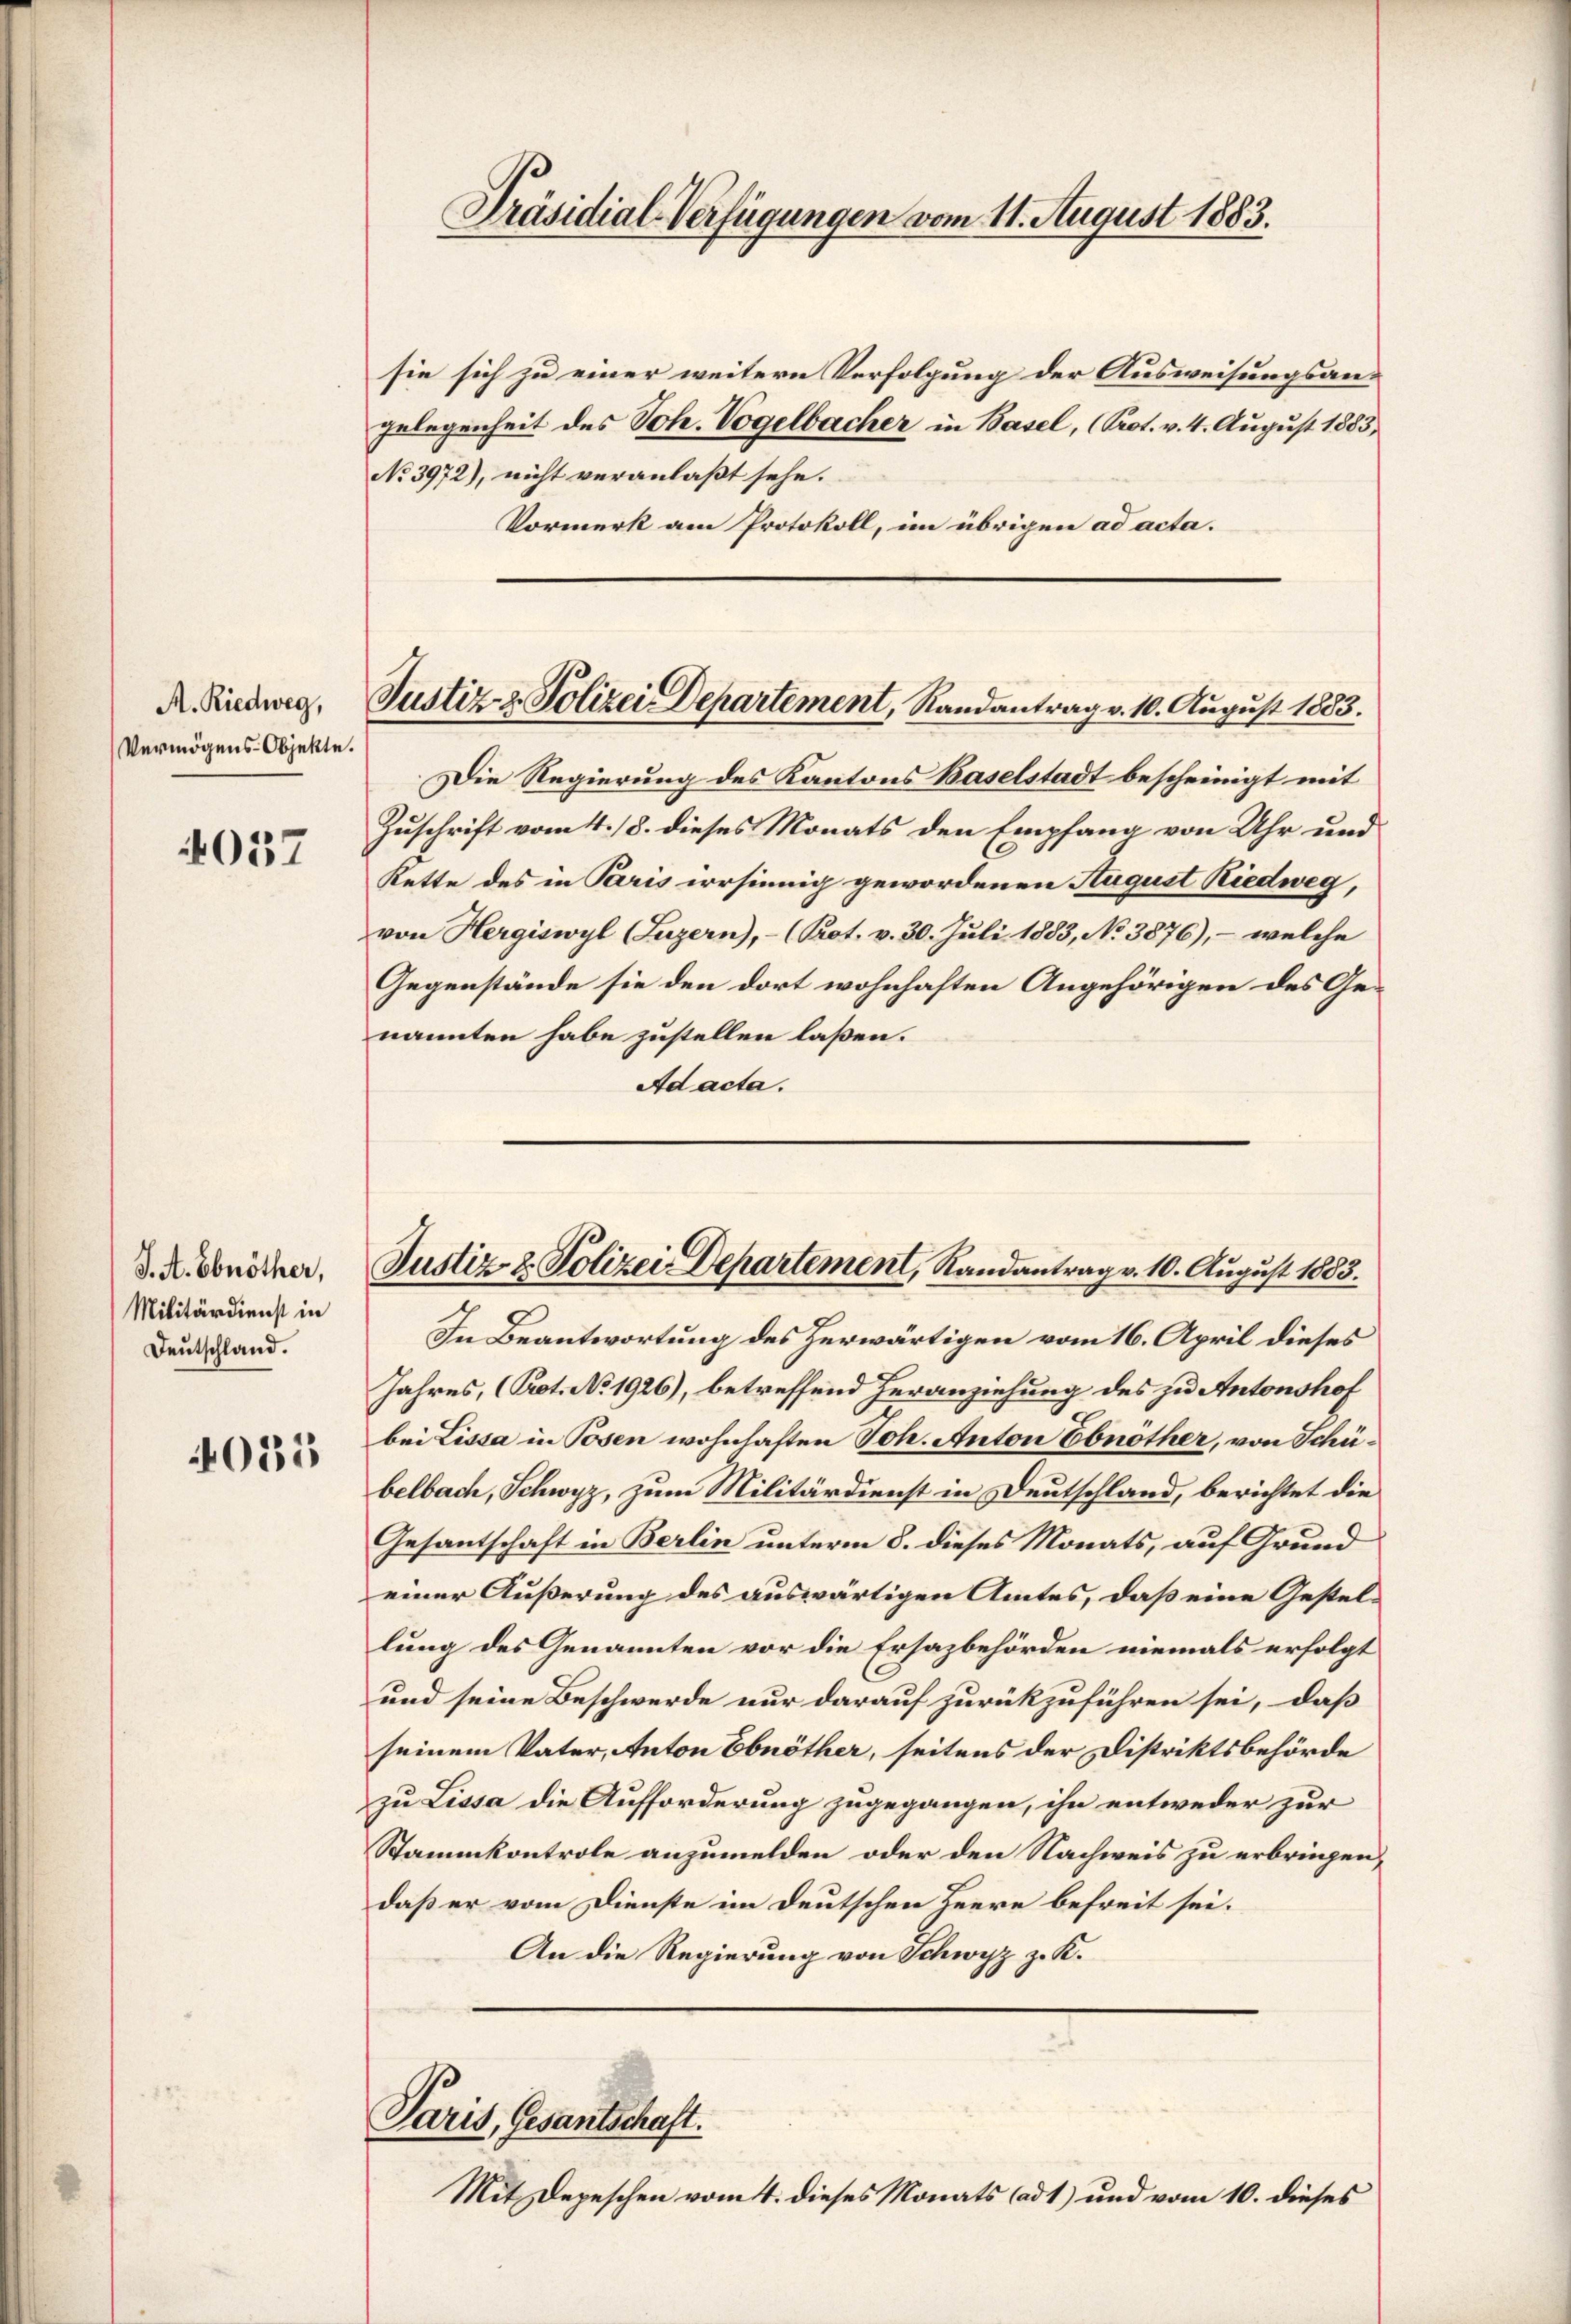
A. Riedweg,
Vermögens-Objekte.

4037

J. A. Ebnöther,
Militärdienst in
Deutschland.

035

Präsidial-Verfügungen vom 11. August 1883.

sie sich zu einer weitern Verfolgung der Ausweisungsangelegenheit des Joh. Vogelbacher in Basel, (Prot. v. 4. August 1883,
No 3972), nicht veranlaßt sehe.
Vormerk am Protokoll, im übrigen ad acta.

Justiz- & Polizei Departement, Randantrag v. 10. August 1883.

In Beantwortung des herwärtigen vom 16. April dieses
Jahres, (Prot. No 1926), betreffend Heranziehung des zu Antonshof
bei Lissa in Posen wohnhaften Joh. Anton Ebnöther, von Schübelbach, Schwyz, zum Militärdienst in Deutschland, berichtet die
Gesantschaft in Berlin unterm 8. dieses Monats, auf Grund
einer Äußerung des auswärtigen Amtes, daß eine Gestellung des Genannten vor die Ersazbehörden niemals erfolgt
und seine Beschwerde nur darauf zurückzuführen sei, daß
seinem Vater, Anton Ebnöther, seitens der Distriktsbehörde
zu Lissa die Aufforderung zugegangen, ihn entweder zur
Stammkontrole anzumelden oder den Nachweis zu erbringen,
daß er vom Dienste im Deutschen Heere befreit sei.
An die Regierung von Schwyz z. K.

Justiz- & Polizei Departement, Randantrag v. 10. August 1883.

Die Regierung des Kantons Baselstadt bescheinigt mit
Zuschrift vom 4. 18. dieses Monats den Empfang von Uhr und
Kette des in Paris irrsinnig gewordenen August Riedweg,
von Hergiswyl (Luzern), - (Prot. v. 30. Juli 1883, No 3876), – welche
Gegenstände sie den dort wohnhaften Angehörigen des Genannten habe zustellen laßen.
Ad acta.

Paris, Gesantschaft.
Mit Depeschen vom 4. dieses Monats (ad 1) und vom 10. dieses